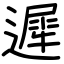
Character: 遲